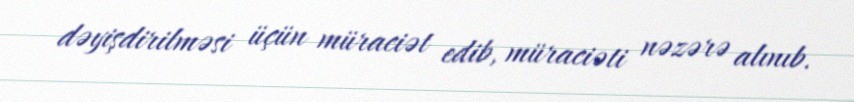
dəyişdirilməsi üçün müraciət edib, müraciəti nəzərə alınıb.